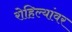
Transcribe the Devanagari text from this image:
रोहिल्यांवर